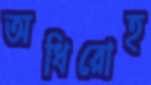
অধিরোহ